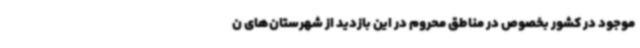
موجود در کشور بخصوص در مناطق محروم در این بازدید از شهرستان‌های ن